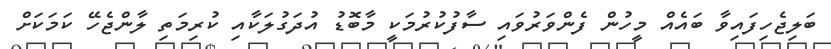
ބަލިޖެހިފައިވާ ބައެއް މީހުން ފެންވަރުވައި ސާފުކުރުމަކީ މާބޮޑު އުދަގުލަކާއި ކުރިމަތި ލާންޖެހޭ ކަމަކަށް